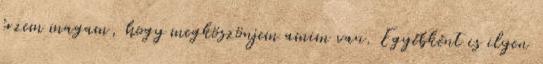
érzem magam, hogy megköszönjem amim van. Egyébként is ilyen